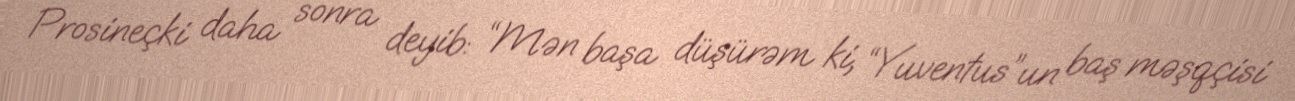
Prosineçki daha sonra deyib: “Mən başa düşürəm ki, “Yuventus”un baş məşqçisi